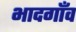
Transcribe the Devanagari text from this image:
भादगाँव